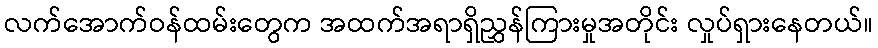
လက်အောက်ဝန်ထမ်းတွေက အထက်အရာရှိညွှန်ကြားမှုအတိုင်း လှုပ်ရှားနေတယ်။